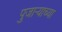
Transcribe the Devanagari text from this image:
पुजार्‍याच्या